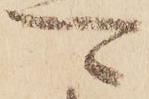
可